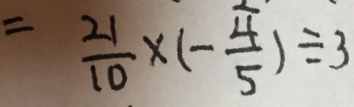
= \frac { 2 1 } { 1 0 } \times ( - \frac { 4 } { 5 } ) \div 3